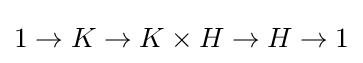
1\to K\to K\times H\to H\to 1